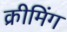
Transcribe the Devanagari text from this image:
क्रीमिंग